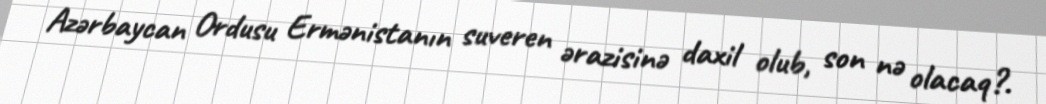
Azərbaycan Ordusu Ermənistanın suveren ərazisinə daxil olub, son nə olacaq?.